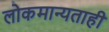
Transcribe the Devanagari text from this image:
लोकमान्यताही